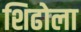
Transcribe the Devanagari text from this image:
शिढोला